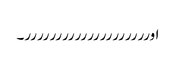
اورررررررررررررررررررر۔